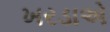
ખરડાએ